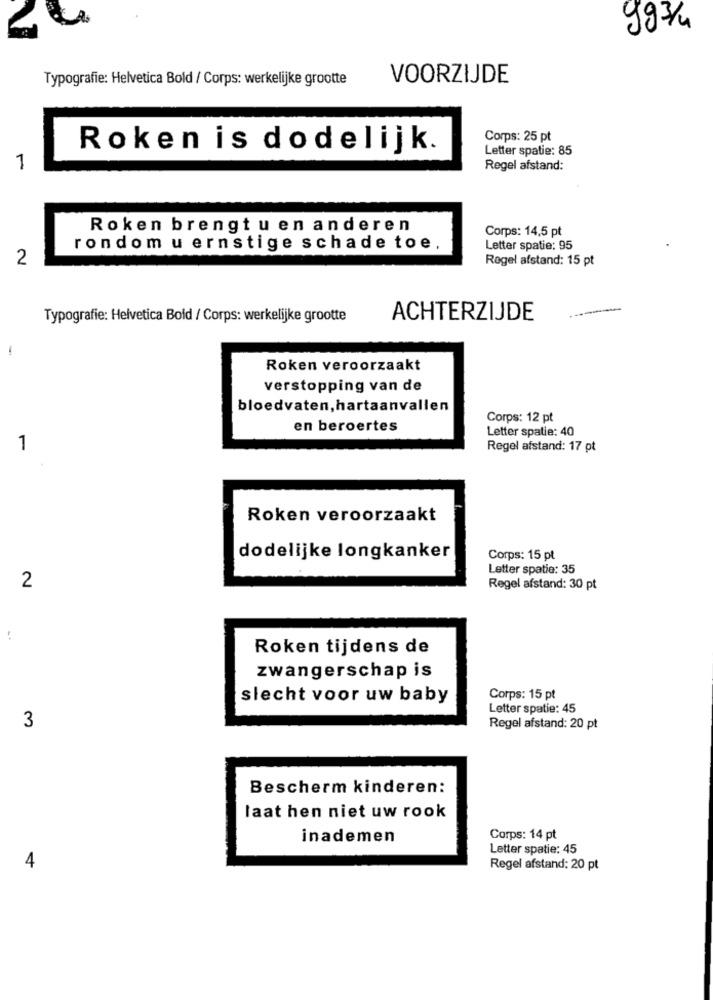
993 /4
Typografie: Helvetica Bold / Corps: werkelijke grootte
VOORZIJDE
Corps: 25 pt
Roken is dodelijk.
Letter spatie: 85
1
Regel afstand:
Roken brengt u en anderen
Corps: 14,5 pt
rondom u ernstige schade toe,
Letter spatie: 95
2
Regel afstand: 15 pt
Typografie: Helvetica Bold / Corps: werkelijke grootte
ACHTERZIJDE
Roken veroorzaakt
verstopping van de
bloedvaten, hartaanvallen
Corps: 12 pt
en beroertes
Letter spatie: 40
1
Regel afstand: 17 pt
Roken veroorzaakt
dodelijke longkanker
Corps: 15 pt
Letter spatie: 35
2
Regel afstand: 30 pt
Roken tijdens de
zwangerschap is
slecht voor uw baby
Corps: 15 pt
Letter spatie: 45
3
Regel afstand: 20 pt
Bescherm kinderen:
laat hen niet uw rook
inademen
Corps: 14 pt
Letter spatie: 45
4
Regel afstand: 20 pt